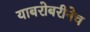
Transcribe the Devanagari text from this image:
याबरोबरीनेच